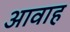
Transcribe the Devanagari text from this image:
आवाह